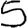
Digit: 5